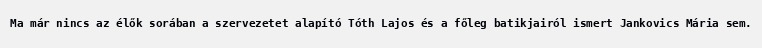
Ma már nincs az élők sorában a szervezetet alapító Tóth Lajos és a főleg batikjairól ismert Jankovics Mária sem.